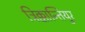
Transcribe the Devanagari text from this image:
त्रिक्कान्तियुर